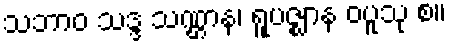
သဘာဝ သဒ္ဒ သဏ္ဌာန၊ ရူပဇ္ဈာန ဝပူသု စ။